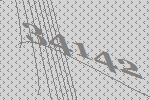
34142